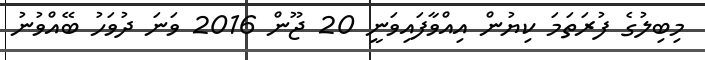
މިބިލުގެ ފުރަތަމަ ކިޔުން އިއްވާފައިވަނީ 20 ޖޫން 2016 ވަނަ ދުވަހު ބޭއްވުނު